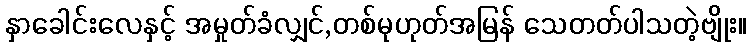
နှာခေါင်းလေနှင့် အမှုတ်ခံလျှင်,တစ်မုဟုတ်အမြန် သေတတ်ပါသတဲ့ဗျိုး။